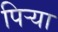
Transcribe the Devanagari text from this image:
पिऱ्या